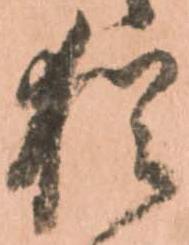
猶